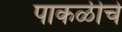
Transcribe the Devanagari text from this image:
पाकळीचे